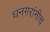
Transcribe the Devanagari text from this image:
धनगरांनीच